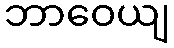
ဘာဝေယျ